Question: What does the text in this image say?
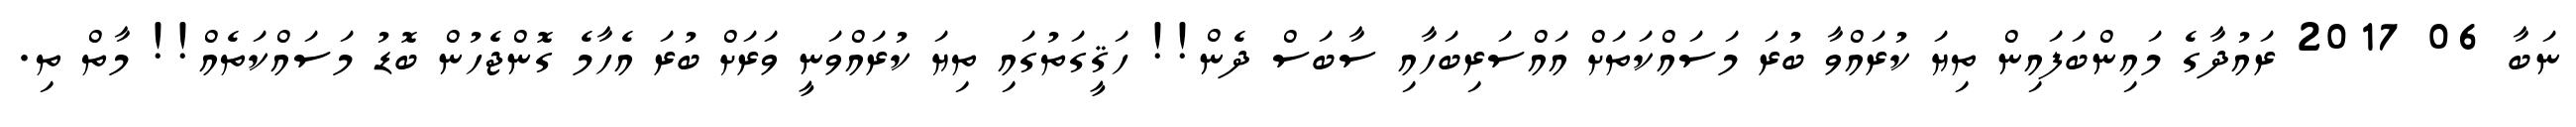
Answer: ނަބާ 06 2017 ރައުދާގެ މައިންބަފައިން ތިޔަ ކުރައްވާ ބުރަ މަސައްކަތަށް އައްސަރިބަހާއި ސާބަސް ދެން!! ހަޤީގަތުގައި ތިޔަ ކުރައްވަނީ ވަރަށް ބުރަ އެހާމެ ގޮންޖެހުން ބޮޑު މަސައްކަތެއް!! މާތް ތި.